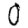
Digit: 0